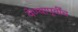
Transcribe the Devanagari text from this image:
येण्यापूर्वींच